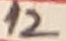
Text: 12